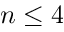
n \leq 4